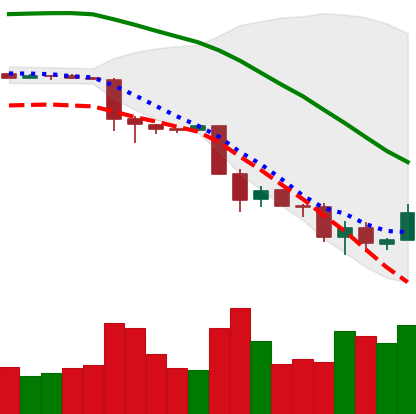
Ticker: BTC-USD
Chart end date: 2018-11-28
Forward return: -8.533%
Label: down_7plus